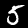
Digit: 5